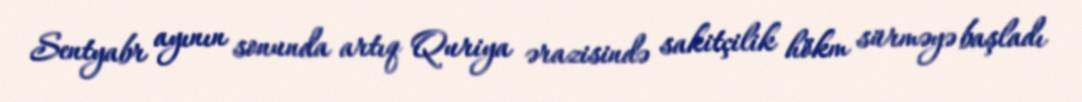
Sentyabr ayının sonunda artıq Quriya ərazisində sakitçilik hökm sürməyə başladı